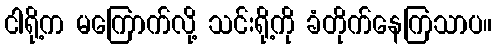
ငါရို့က မကြောက်လို့ သင်းရို့ကို ခံတိုက်နေကြသာပ။